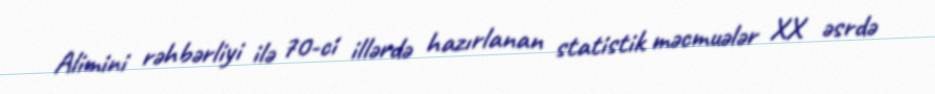
Alimini rəhbərliyi ilə 70-ci illərdə hazırlanan statistik məcmuələr XX əsrdə